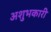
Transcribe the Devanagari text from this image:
अशुभकारी